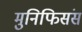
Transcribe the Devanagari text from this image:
मुनिफिसंस